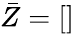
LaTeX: \bar{Z}=[]